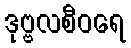
ဒုဗ္ဗလစီဝရေ